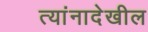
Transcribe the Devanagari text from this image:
त्यांनादेखील